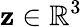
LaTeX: \mathbf{z}\in\mathbb{R}^{3}